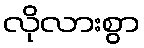
လိုလားစွာ